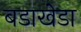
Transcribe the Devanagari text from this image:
बडाखेडा